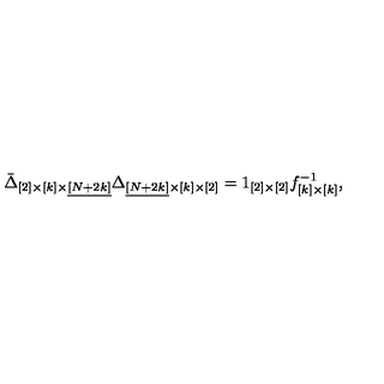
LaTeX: \bar { \Delta } _ { [ 2 ] \times [ k ] \times \underline { { [ N + 2 k ] } } } \Delta _ { \underline { { [ N + 2 k ] } } \times [ k ] \times [ 2 ] } = 1 _ { [ 2 ] \times [ 2 ] } f _ { [ k ] \times [ k ] } ^ { - 1 } ,